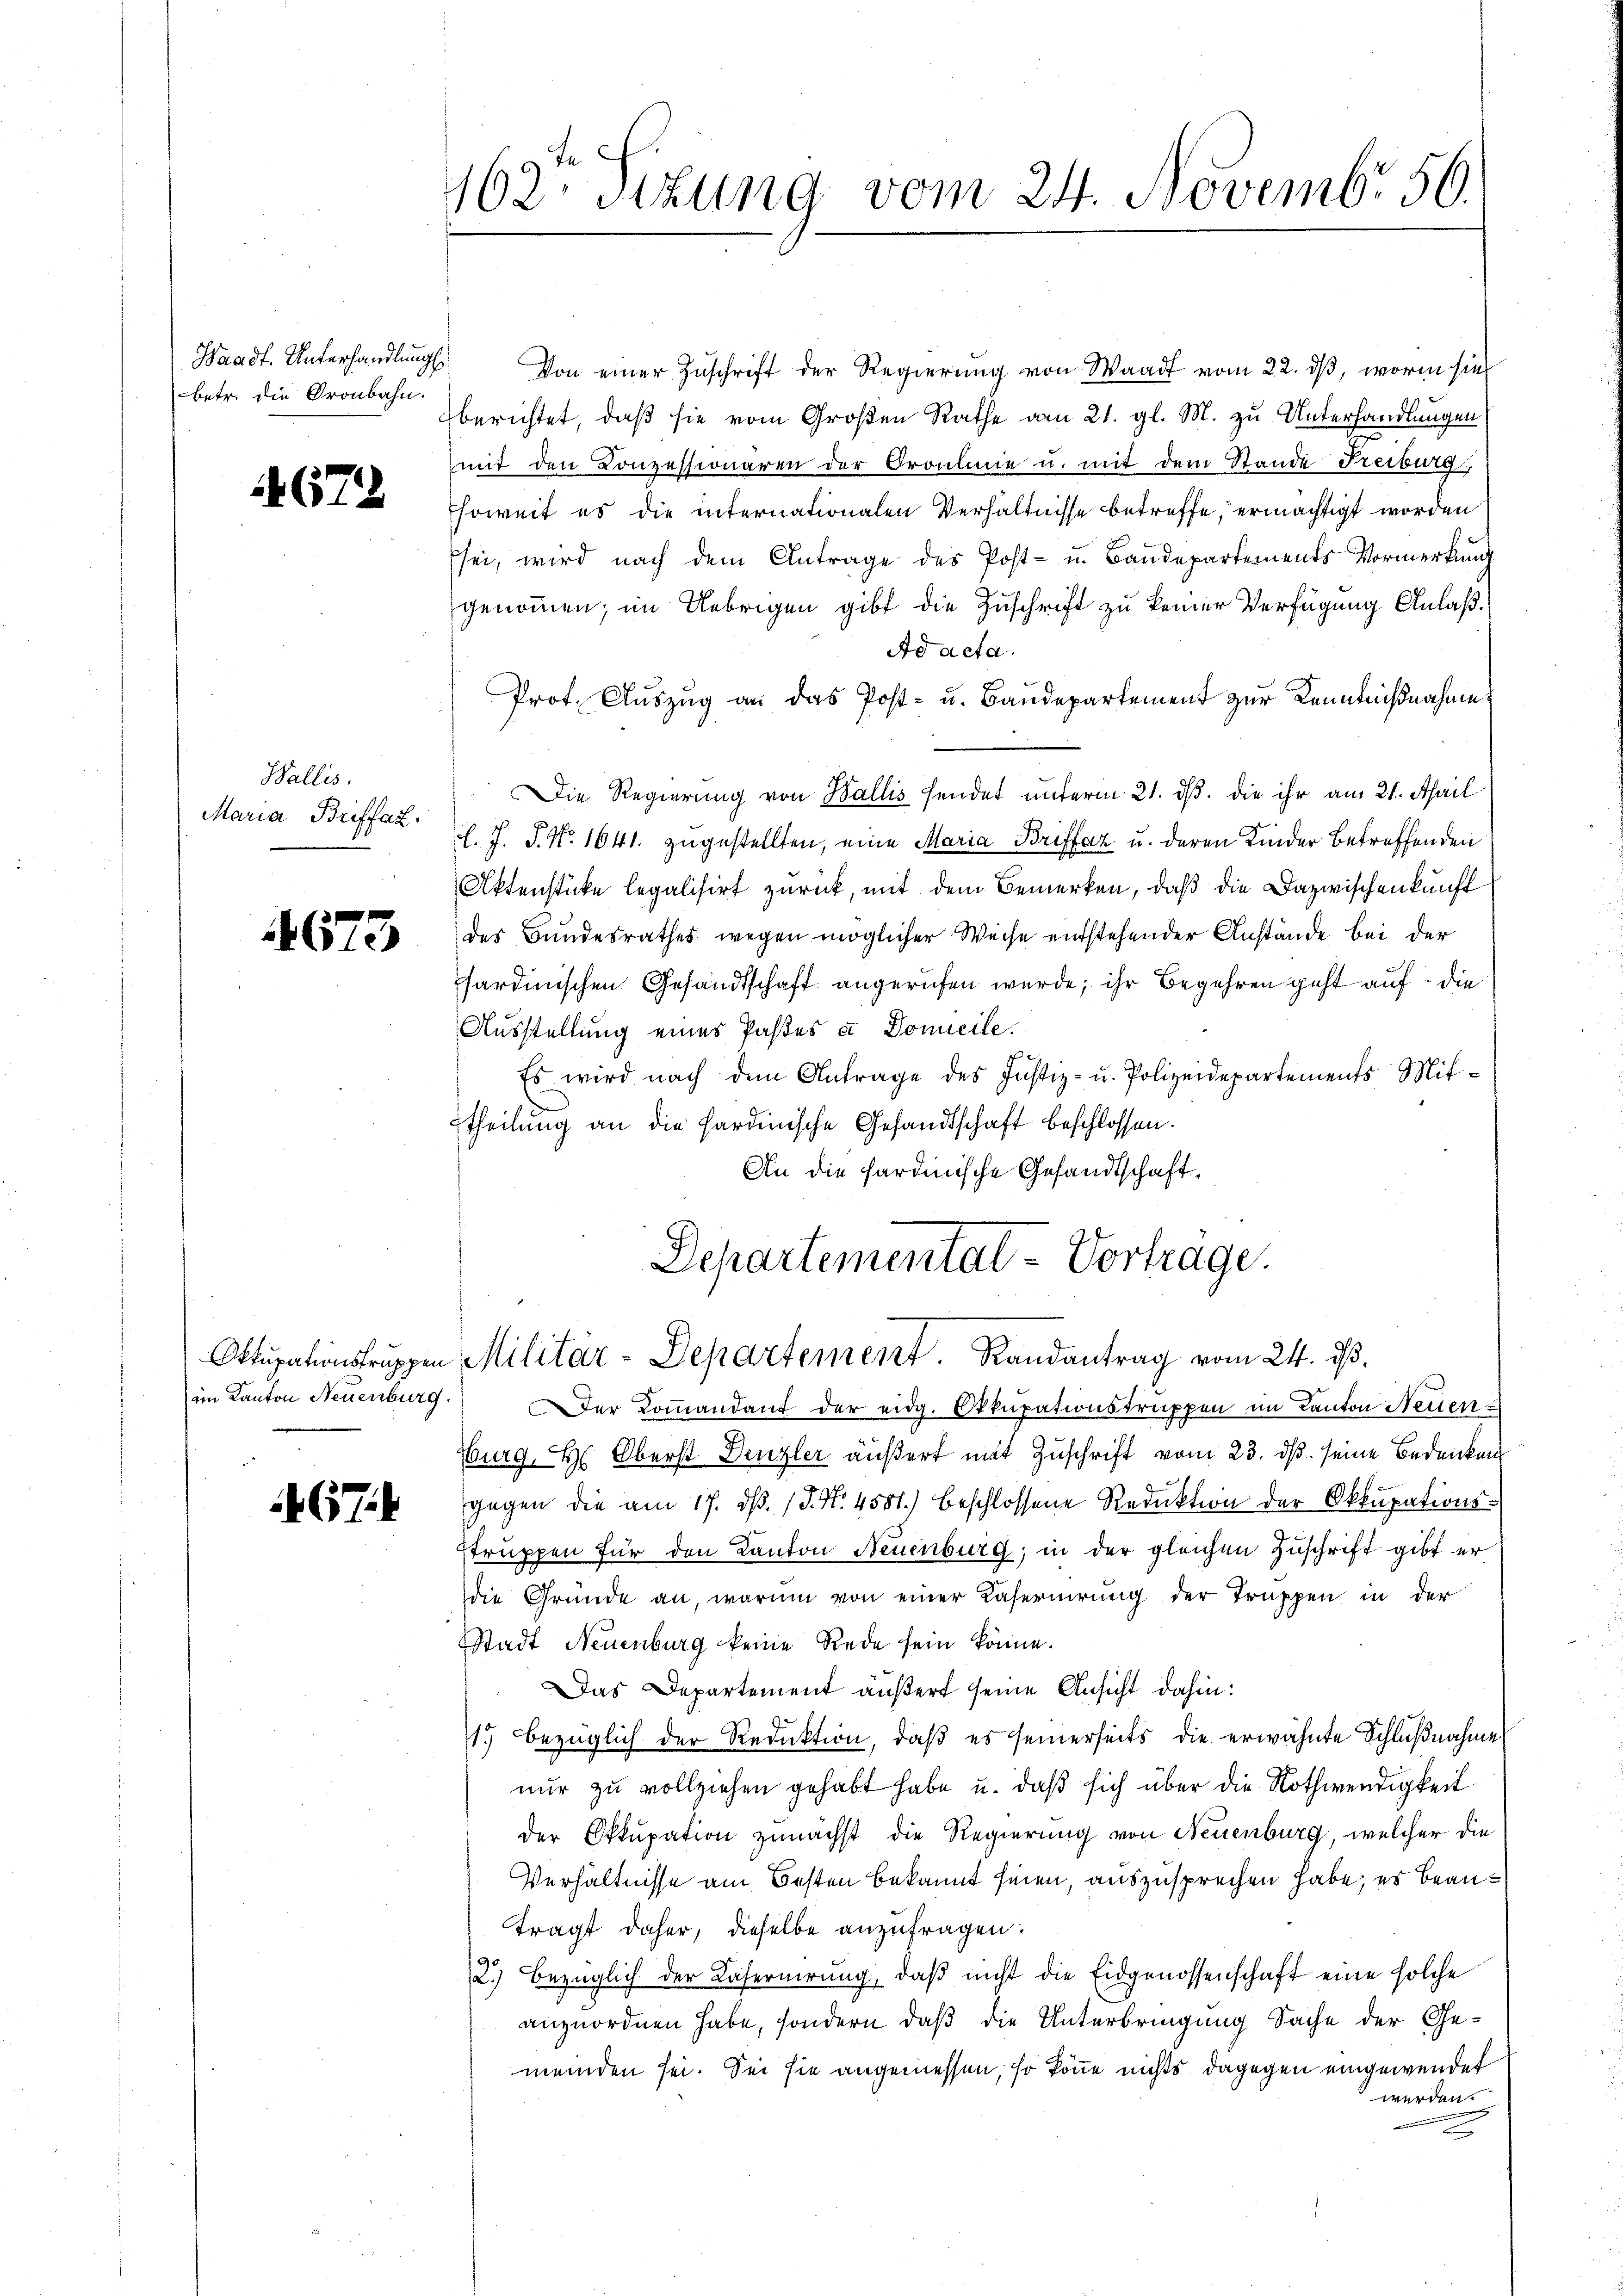
betr. die Gronbahn.

672

Wallis.
Maria Briffaz.

4673

im Kanton Neuenburg.

67

62 sizung vom 24. Novembr 56.

Waadt. Unterhandlung Von einer Zuschrift der Regierung von Waadt vom 22. ds, worin sie
berichtet, daß sie vom Großen Rathe am 21. gl. M. zu Unterhandlungen
mit den Conzessionären der Orouline u. mit dem Stande Freiburg
Esoweit es die internationalen Verhältnisse betreffe, ermächtigt worden
Esei, wird nach dem Antrage des Post- u. Baŭdepartements Vormerkŭng
genommen; im Uebrigen gibt die Zuschrift zu keiner Verfügung Anlaß¬
Ad acta.
Prof. Auszug an das Post- u. Baudepartement zur Kenntnißnahme
Die Regierung von Wallis sendet unterm 21. dβ. die ihr am 21. April
l. J. P. Nr. 1641. zugestellten, eine Maria Briffaz u. deren Kinder betreffenden
Aktenstücke legalisirt zurück, mit dem Bemerken, daß die Dazwischenkunft
des Bundesrathes wegen möglicher Weise entstehender Anstände bei der
sardinischen Gesandtschaft angerufen wurde; ihr Begehren geht auf die
Ausstellung eines Pastes a Domicile.
Es wird nach dem Antrage des Justiz- u. Polizeidepartements Mitttheilung an die hardinische Gesandtschaft beschlossen.
An die sardinische Gesandtschaft¬
Departemental - Vorträge.

Ottupationstruppen Militär-Departement. Randantrag vom 24. ds.

er Kommandant der eidg. Okkupationstruppen im Kanton Neuen
Burg, H. Oberst Denzler äußert mit Zuschrift vom 23. ds. seine Bedenken
gegen die am 17. d. 15. No. 4581.) beschlossene Reduktion der Okkupationsstruppen für den Kanton Neuenburg; in der gleichen Zuschrift gibt er
die Gründe an, warum von einer Kaseruirung der Truppen in der
Stadt Neuenburg keine Rede sein könne.
Das Departement äußert seine Ansicht dahin:
71) bezüglich der Reduktion, daß es seinerseits die erwähnte Schlußnahme
nur zu vollziehen gehabt habe u. daß sich über die Nothwendigkeit
der Okkupation zunächst die Regierung von Neuenburg, welcher die
Verhältnisse am Besten bekannt seien, auszusprechen habe, es beantragt daher, dieselbe anzufragen:
2.) Bezüglich der Casernirung, daβ nicht die Eidgenossenschaft eine solche
anzuordnen habe, sondern daß die Unterbringung Sache der Ge-
meinden sei. Sei sie angemessen, so könne nichts dagegen eingewendet
werden.
2